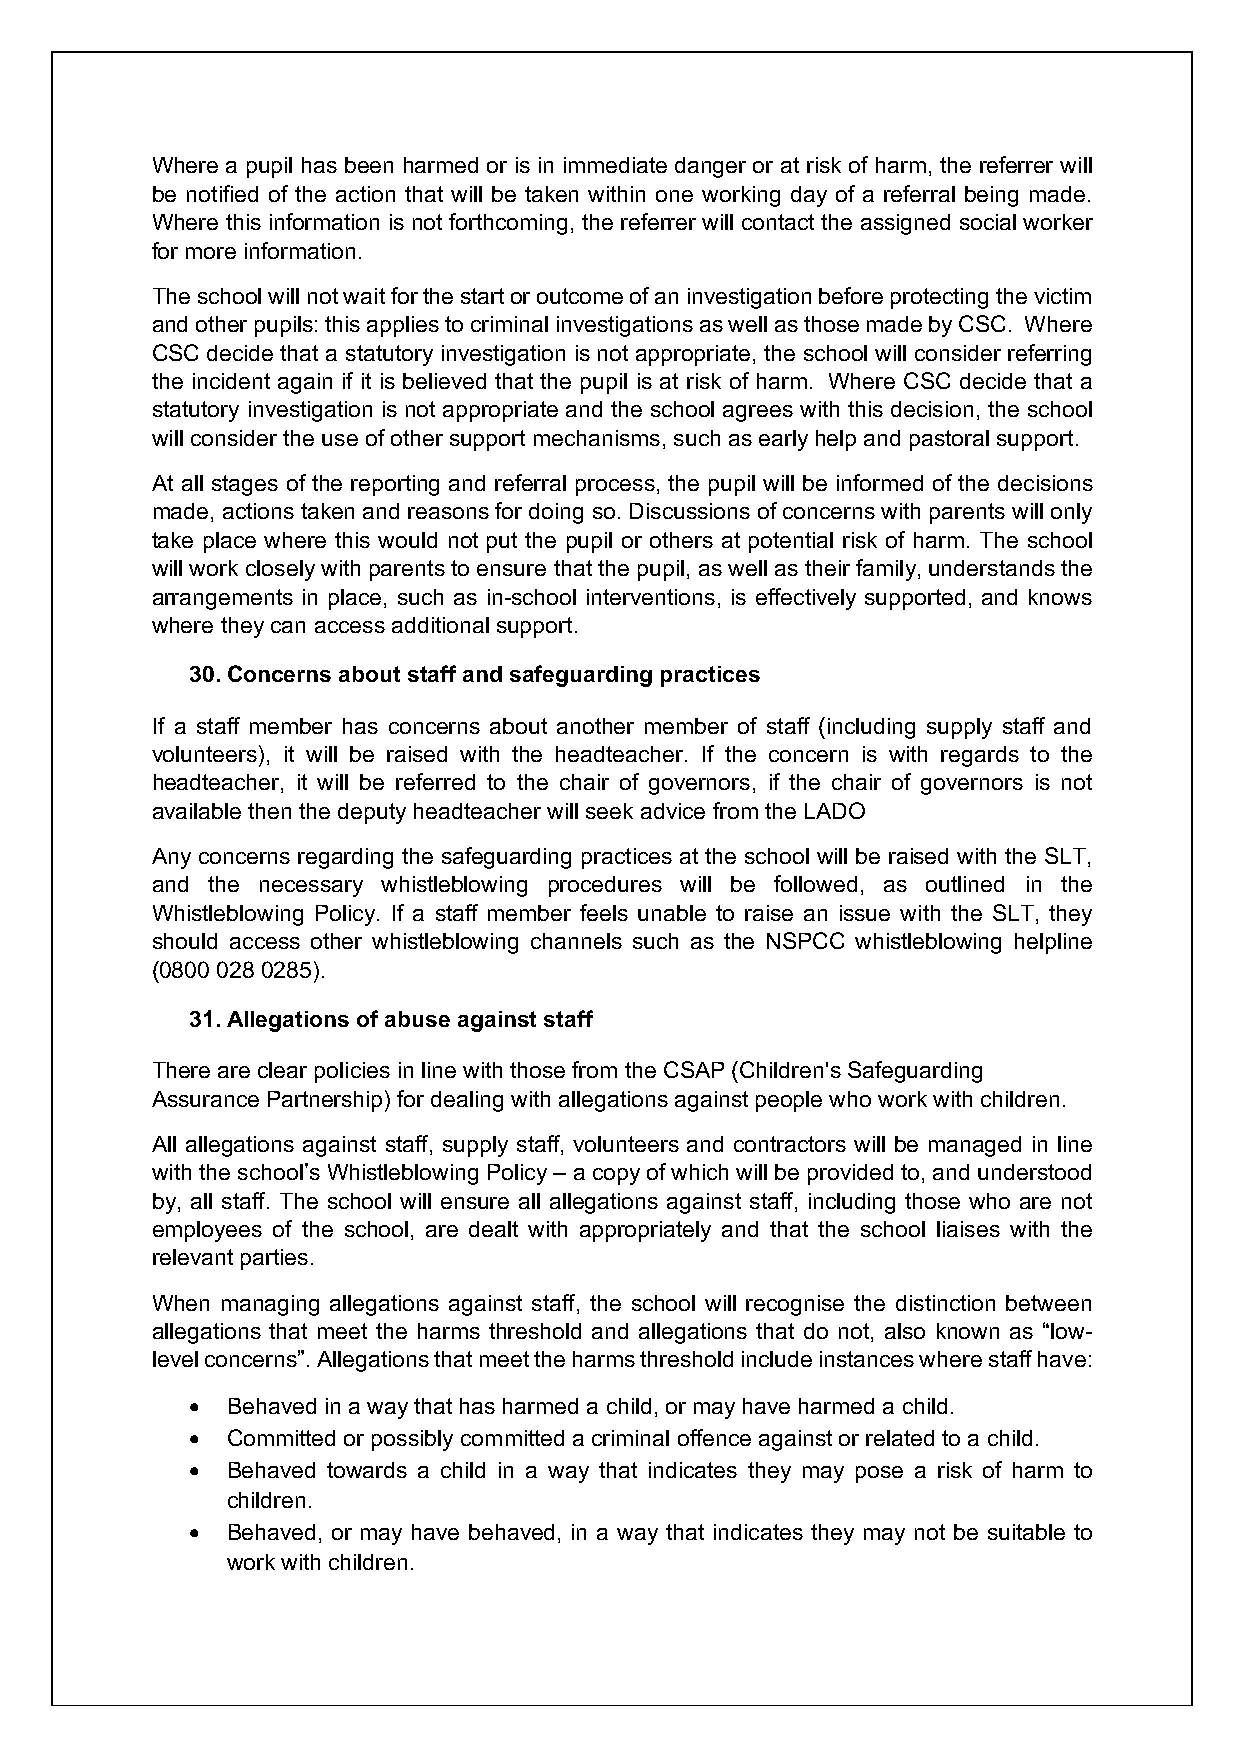
Where a pupil has been harmed or is in immediate danger or at risk of harm, the referrer will
 be notified of the action that will be taken within one working day of a referral being made.
 Where this information is not forthcoming, the referrer will contact the assigned social worker
 for more information.
 The school will not wait for the start or outcome of an investigation before protecting the victim
 and other pupils: this applies to criminal investigations as well as those made by CSC. Where
 CSC decide that a statutory investigation is not appropriate, the school will consider referring
 the incident again if it is believed that the pupil is at risk of harm. Where CSC decide that a
 statutory investigation is not appropriate and the school agrees with this decision, the school
 will consider the use of other support mechanisms, such as early help and pastoral support.
 At all stages of the reporting and referral process, the pupil will be informed of the decisions
 made, actions taken and reasons for doing so. Discussions of concerns with parents will only
 take place where this would not put the pupil or others at potential risk of harm. The school
 will work closely with parents to ensure that the pupil, as well as their family, understands the
 arrangements in place, such as in-school interventions, is effectively supported, and knows
 where they can access additional support.
 30. Concerns about staff and safeguarding practices
 If a staff member has concerns about another member of staff (including supply staff and
 volunteers), it will be raised with the headteacher. If the concern is with regards to the
 headteacher, it will be referred to the chair of governors, if the chair of governors is not
 available then the deputy headteacher will seek advice from the LADO
 Any concerns regarding the safeguarding practices at the school will be raised with the SLT,
 and the necessary whistleblowing procedures will be followed, as outlined in the
 Whistleblowing Policy. If a staff member feels unable to raise an issue with the SLT, they
 should access other whistleblowing channels such as the NSPCC whistleblowing helpline
 (0800 028 0285).
 31. Allegations of abuse against staff
 There are clear policies in line with those from the CSAP (Children's Safeguarding
 Assurance Partnership) for dealing with allegations against people who work with children.
 All allegations against staff, supply staff, volunteers and contractors will be managed in line
 with the school’s Whistleblowing Policy – a copy of which will be provided to, and understood
 by, all staff. The school will ensure all allegations against staff, including those who are not
 employees of the school, are dealt with appropriately and that the school liaises with the
 relevant parties.
 When managing allegations against staff, the school will recognise the distinction between
 allegations that meet the harms threshold and allegations that do not, also known as “low-
 level concerns”. Allegations that meet the harms threshold include instances where staff have:
 • Behaved in a way that has harmed a child, or may have harmed a child.
 • Committed or possibly committed a criminal offence against or related to a child.
 • Behaved towards a child in a way that indicates they may pose a risk of harm to
 children.
 • Behaved, or may have behaved, in a way that indicates they may not be suitable to
 work with children.